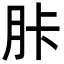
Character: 胩